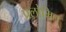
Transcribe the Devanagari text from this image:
प्रलोमित